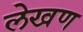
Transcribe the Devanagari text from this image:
लेखण